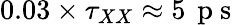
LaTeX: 0.03\times\tau_{XX}\approx 5\, \mathrm{~p~s~}